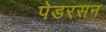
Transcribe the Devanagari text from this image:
पेडरसन